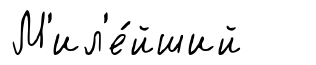
М'ил'е́йший